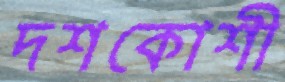
দশকোশী